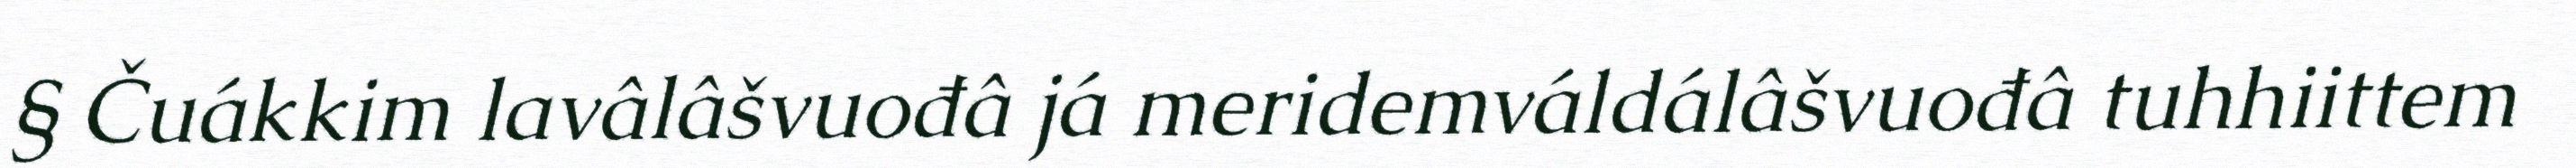
§ Čuákkim lavâlâšvuođâ já meridemváldálâšvuođâ tuhhiittem